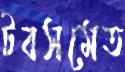
টবসমেত